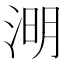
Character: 𣷠